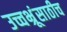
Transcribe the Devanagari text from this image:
उच्चभ्रूंसाठीच